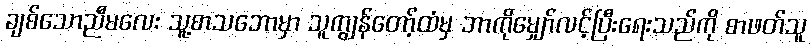
ချစ်သောညီမလေး သူ့စာသဘောမှာ သူကျွန်တော့်ထံမှ ဘာကိုမျှော်လင့်ပြီးရေးသည်ကို စာဖတ်သူ